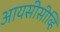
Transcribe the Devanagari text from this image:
आयसीसीव्हि